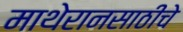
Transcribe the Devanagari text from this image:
माथेरानसाठीचे